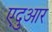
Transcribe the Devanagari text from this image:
एदुआर